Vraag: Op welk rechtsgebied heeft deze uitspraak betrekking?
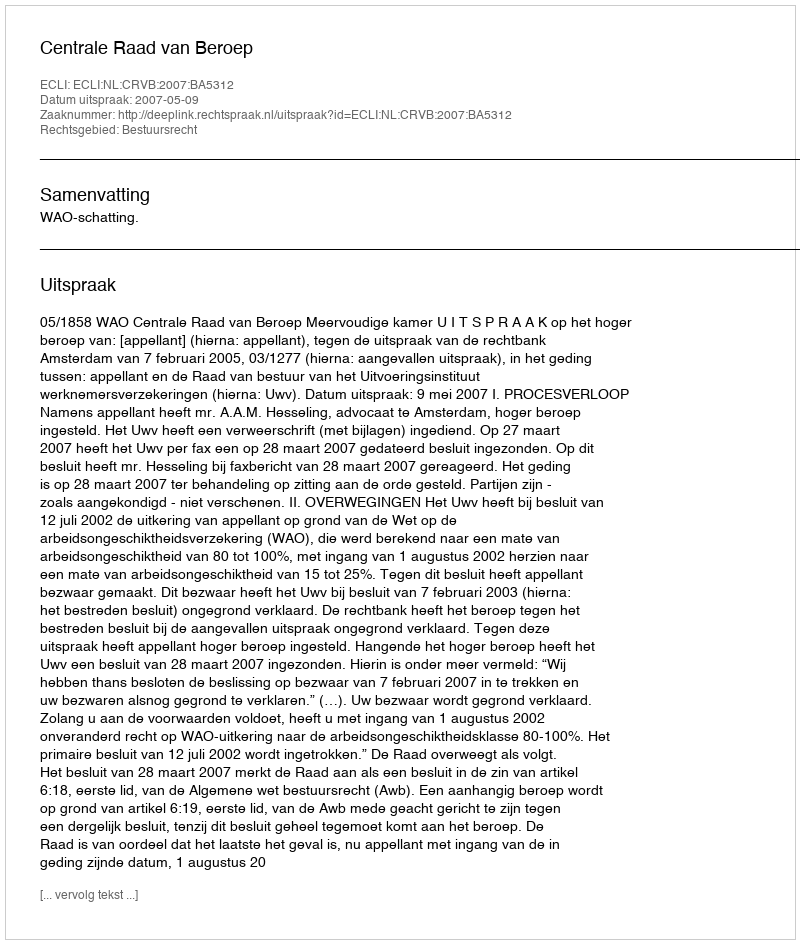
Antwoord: Bestuursrecht